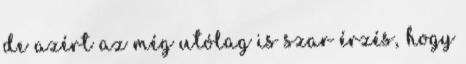
de azért az még utólag is szar érzés, hogy